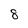
Character: 8